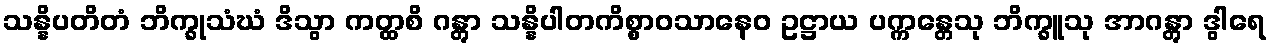
သန္နိပတိတံ ဘိက္ခုသံဃံ ဒိသွာ ကတ္ထစိ ဂန္တွာ သန္နိပါတကိစ္စာဝသာနေဝ ဥဋ္ဌာယ ပက္ကန္တေသု ဘိက္ခူသု အာဂန္တွာ ဒွါရေ